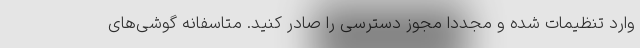
وارد تنظیمات شده و مجددا مجوز دسترسی را صادر کنید. متاسفانه گوشی‌های